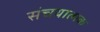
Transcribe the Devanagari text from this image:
संचयात्मक